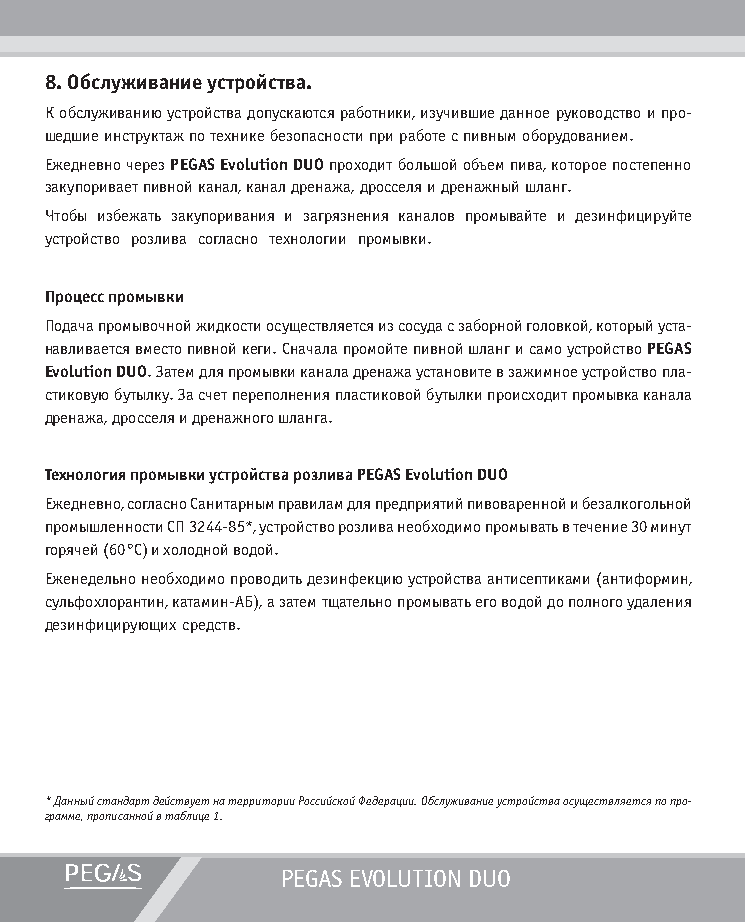
8. Обслуживание устройства.
 К обслуживанию устройства допускаются работники, изучившие данное руководство и про-
 шедшие инструктаж по технике безопасности при работе с пивным оборудованием.
 Ежедневно через PEGAS Evolution DUO проходит большой объем пива, которое постепенно
 закупоривает пивной канал, канал дренажа, дросселя и дренажный шланг.
 Чтобы избежать закупоривания и загрязнения каналов промывайте и дезинфицируйте
 устройство розлива согласно технологии промывки.
 Процесс промывки
 Подача промывочной жидкости осуществляется из сосуда с заборной головкой, который уста-
 навливается вместо пивной кеги. Сначала промойте пивной шланг и само устройство PEGAS
 Evolution DUO. Затем для промывки канала дренажа установите в зажимное устройство пла-
 стиковую бутылку. За счет переполнения пластиковой бутылки происходит промывка канала
 дренажа, дросселя и дренажного шланга.
 Технология промывки устройства розлива PEGAS Evolution DUO
 Ежедневно, согласно Санитарным правилам для предприятий пивоваренной и безалкогольной
 промышленности СП 3244-85*, устройство розлива необходимо промывать в течение 30 минут
 горячей (60°С) и холодной водой.
 Еженедельно необходимо проводить дезинфекцию устройства антисептиками (антиформин,
 сульфохлорантин, катамин-АБ), а затем тщательно промывать его водой до полного удаления
 дезинфицирующих средств.
 * Данный стандарт действует на территории Российской Федерации. Обслуживание устройства осуществляется по про-
 грамме, прописанной в таблице 1.
 PEGAS EVOLUTION DUO